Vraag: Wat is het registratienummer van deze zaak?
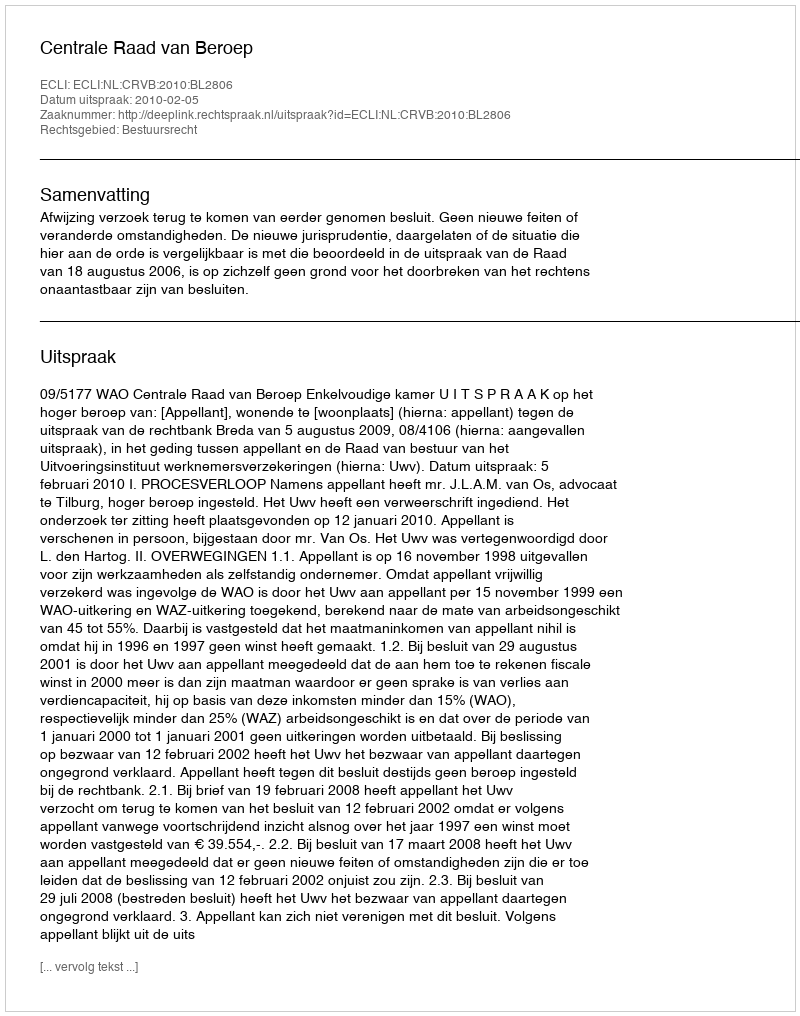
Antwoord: http://deeplink.rechtspraak.nl/uitspraak?id=ECLI:NL:CRVB:2010:BL2806